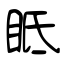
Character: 眡